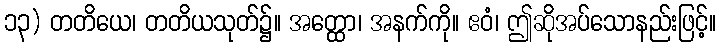
၁၃) တတိယေ၊ တတိယသုတ်၌။ အတ္ထော၊ အနက်ကို။ ဧဝံ၊ ဤဆိုအပ်သောနည်းဖြင့်။